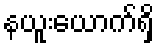
နယူးယောက်ရှိ